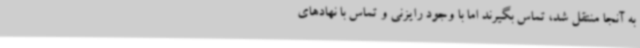
به آنجا منتقل شد، تماس بگیرند اما با وجود رایزنی و تماس با نهادهای